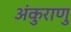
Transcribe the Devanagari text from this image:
अंकुराणु